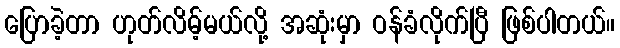
ပြောခဲ့တာ ဟုတ်လိမ့်မယ်လို့ အဆုံးမှာ ဝန်ခံလိုက်ပြီ ဖြစ်ပါတယ်။